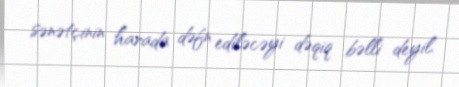
sənətçinin harada dəfn ediləcəyi dəqiq bəlli deyil.